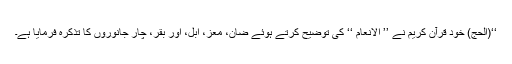
‘‘(الحج) خود قرآن کریم نے ’’ الانعام ‘‘ کی توضیح کرتے ہوئے ضان، معز، ابل، اور بقر، چار جانوروں کا تذکرہ فرمایا ہے۔